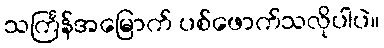
သင်္ကြန်အမြောက် ပစ်ဖောက်သလိုပါပဲ။